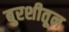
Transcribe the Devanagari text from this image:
बुरशीतून